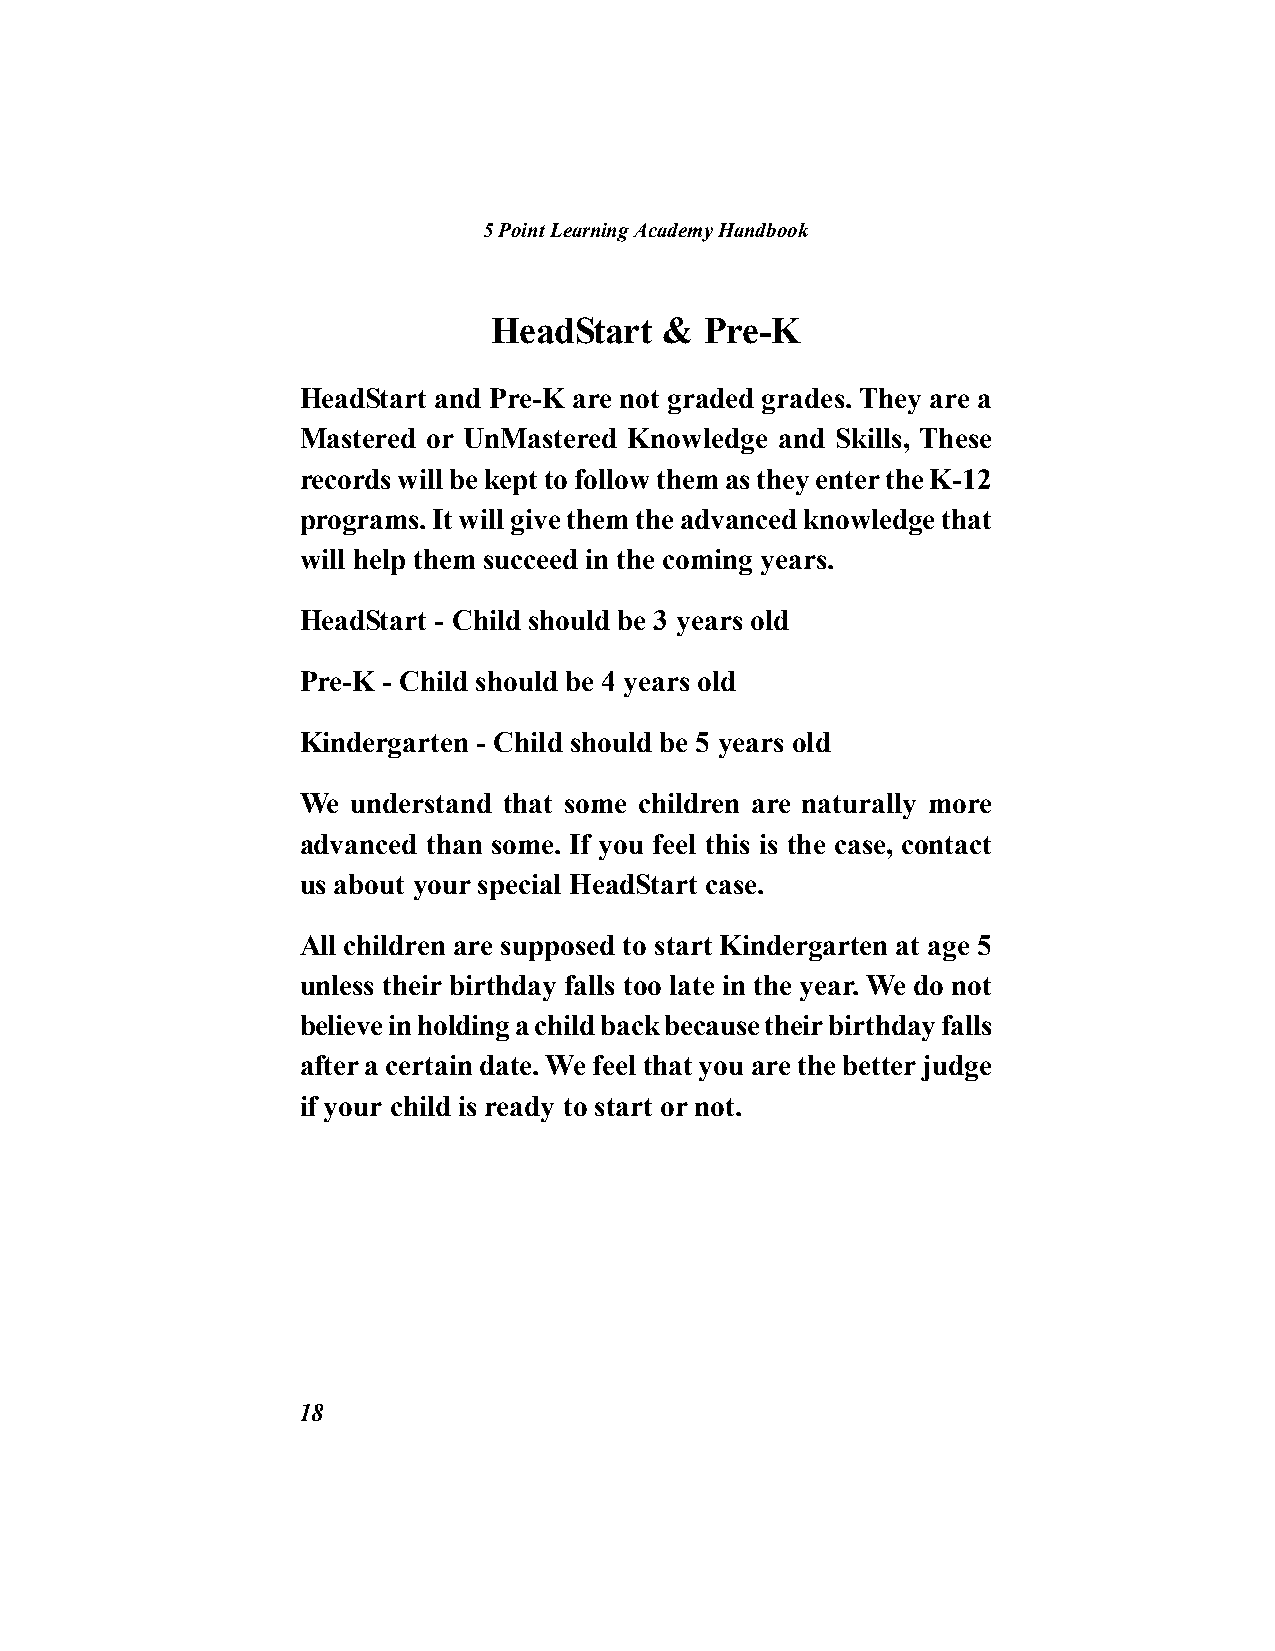
5 Point Learning Academy Handbook
 HeadStart  &  Pre-K
 HeadStart and Pre-K are not graded grades. They are a
 Mastered or UnMastered Knowledge and Skills, These
 records will be kept to follow them as they enter the K-12
 programs. It will give them the advanced knowledge that
 will help them succeed in the coming years.
 HeadStart - Child should be 3 years old
 Pre-K - Child should be 4 years old
 Kindergarten - Child should be 5 years old
 We understand that some children are naturally more
 advanced than some. If you feel this is the case, contact
 us about your special HeadStart case.
 All children are supposed to start Kindergarten at age 5
 unless their birthday falls too late in the year. We do not
 believe in holding a child back because their birthday falls
 after a certain date. We feel that you are the better judge
 if your child is ready to start or not.
 18